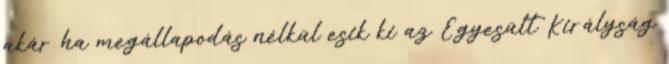
akár ha megállapodás nélkül esik ki az Egyesült Királyság